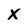
Character: X